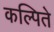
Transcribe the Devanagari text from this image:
कल्पिते